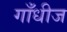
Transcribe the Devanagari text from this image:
गाँधीज